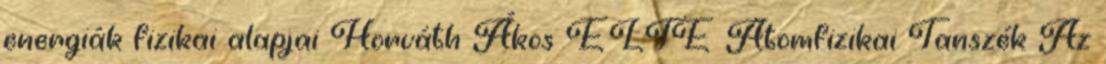
energiák fizikai alapjai Horváth Ákos ELTE Atomfizikai Tanszék Az